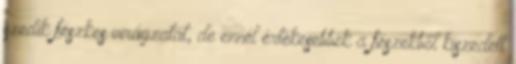
szedik fészkes virágzatát, de ennél értékesebbek a fészekből kiszedett